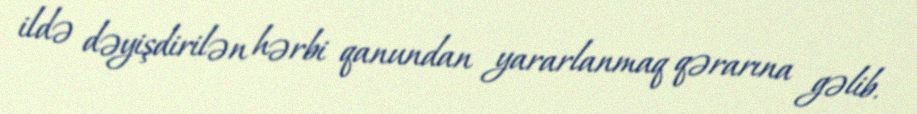
ildə dəyişdirilən hərbi qanundan yararlanmaq qərarına gəlib.